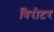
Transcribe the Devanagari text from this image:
बिरोटर